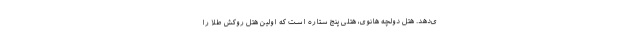
ی‌دهد. هتل دولچه هانوی، هتلی پنج ستاره است که اولین هتل روکش طلا را